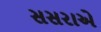
સસરાએ